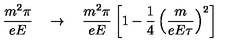
\frac { m ^ { 2 } \pi } { e E } \quad \to \quad \frac { m ^ { 2 } \pi } { e E } \left[ 1 - \frac { 1 } { 4 } \left( \frac { m } { e E \tau } \right) ^ { 2 } \right]